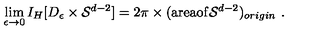
\lim _ { \epsilon \rightarrow 0 } I _ { H } [ D _ { \epsilon } \times { \cal S } ^ { d - 2 } ] = 2 \pi \times ( \mathrm { a r e a o f } { \cal S } ^ { d - 2 } ) _ { o r i g i n } \ .